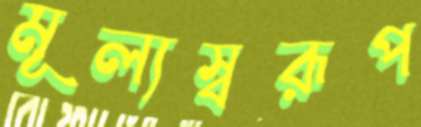
মূল্যস্বরূপ